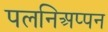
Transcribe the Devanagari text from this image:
पलनिअप्पन